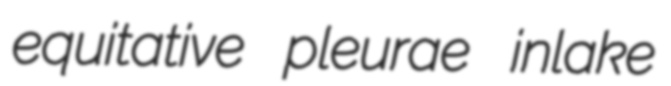
equitative pleurae inlake